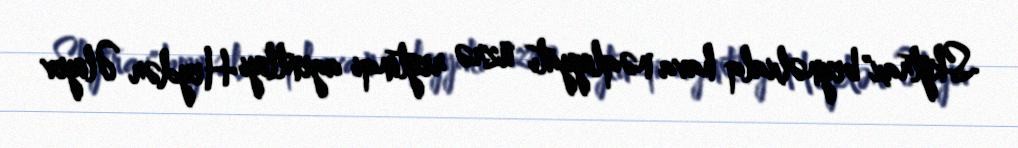
Skytrax" beynəlxalq hava nəqliyyatı üzrə reytinqi agentliyi Heydər Əliyev